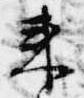
来